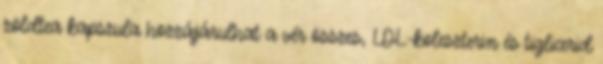
zöldtea kapszula hozzájárulhat a vér összes, LDL-koleszterin és tiglicerid